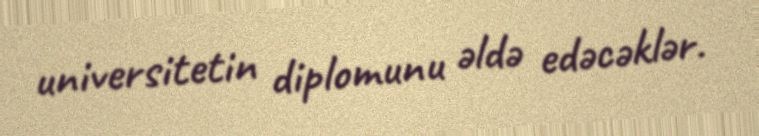
universitetin diplomunu əldə edəcəklər.